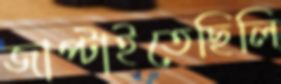
জাপ্‌টাইতেছিলি